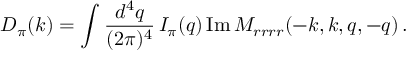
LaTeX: D _ { \pi } ( k ) = \int { \frac { d ^ { 4 } q } { ( 2 \pi ) ^ { 4 } } } \, I _ { \pi } ( q ) \, \mathrm { I m \, } M _ { r r r r } ( - k , k , q , - q ) \, .